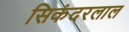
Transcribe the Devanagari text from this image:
सिकंदरलाल